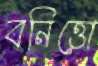
বনিত্তো